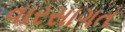
વારસાગત